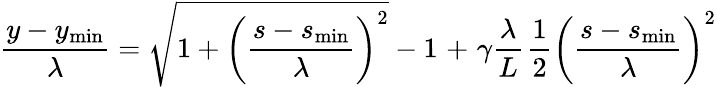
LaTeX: \frac{y-y_{\mathrm{min}}}{\lambda}=\sqrt{1+\left(\frac{s-s_{\mathrm{min}}}{\lambda}\right)^{2}}-1~\! +~\! \gamma\frac{\lambda}{L}~\! \frac{1}{2}\left(\frac{s-s_{\mathrm{min}}}{\lambda}\right)^{2}